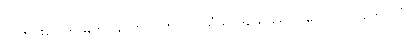
ပြူတင်းပေါက် မတပ်ခင်ကပင်ဟူလို၊) သံဃာဒိသေသော (ဟောတိ၊) ကေဝလံ၊